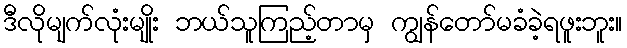
ဒီလိုမျက်လုံးမျိုး ဘယ်သူကြည့်တာမှ ကျွန်တော်မခံခဲ့ရဖူးဘူး။